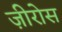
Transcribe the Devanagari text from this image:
ज़ीरोस